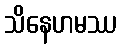
သိနေဟမဿ